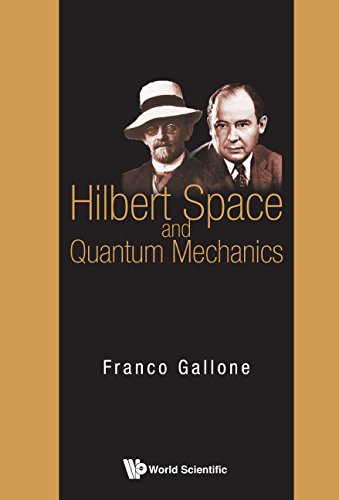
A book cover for Hilbert Space and Quantum Mechanics; Franco Gallone; Science & Math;